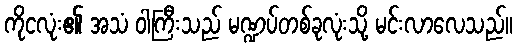
ကိုငလုံး၏ အသံ ဝါကြီးသည် မဏ္ဍပ်တစ်ခုလုံးသို့ မင်းလာလေသည်။